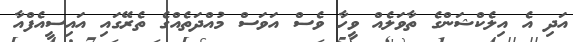
އަދި އެ އިލެކްޝަންގެ ތާވަލެއް ވީހާ ވެސް އަވަސް މުއްދަތެއްގެ ތެރޭގައި އައިސީއެފްއާ